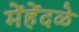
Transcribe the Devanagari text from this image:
मेंहेंदळे